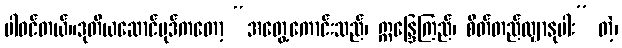
ပါဝင်တယ်။ဒုတိယဆောင်ပုဒ်ကတော့ “အတွေ့ကောင်းသည်၊ ဣန္ဒြေကြည်၊ စိတ်တည်လျှာနုပါး” တဲ့၊